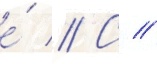
е́ // С //